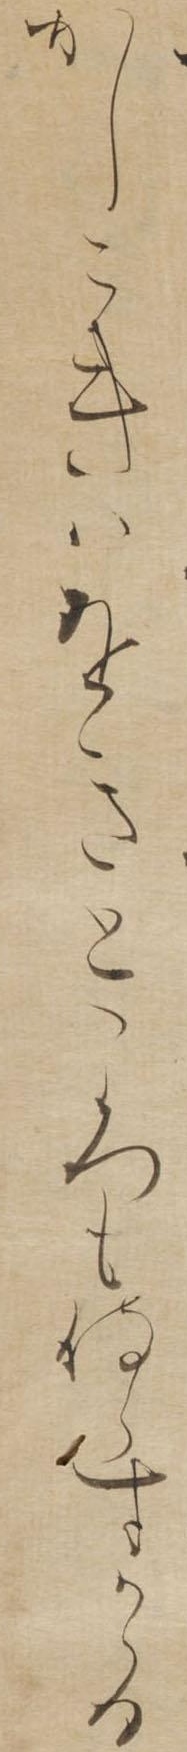
かしこきはをきところも侍らすかゝる